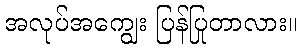
အလုပ်အကျွေး ပြန်ပြုတာလား။